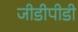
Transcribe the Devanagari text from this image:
जीडीपीडी